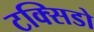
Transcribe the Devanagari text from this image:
टक्सिडो